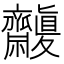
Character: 𪗒